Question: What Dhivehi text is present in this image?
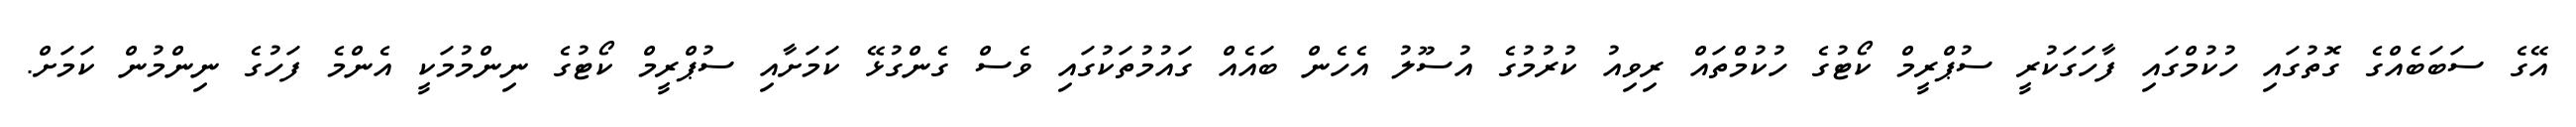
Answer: އޭގެ ސަބަބެއްގެ ގޮތުގައި ހުކުމްގައި ފާހަގަކުރީ ސުޕްރީމް ކޯޓުގެ ހުކުމްތައް ރިވިއު ކުރުމުގެ އުސޫލު އެހެން ބައެއް ގައުމުތަކުގައި ވެސް ގެންގުޅޭ ކަމަށާއި ސުޕްރީމް ކޯޓުގެ ނިންމުމަކީ އެންމެ ފަހުގެ ނިންމުން ކަމަށް.